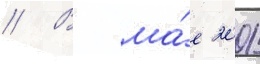
// В ма́е 2001